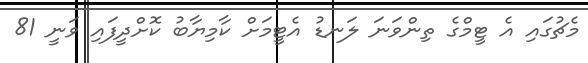
މެޗުގައި އެ ޓީމްގެ ތިންވަނަ ލަނޑު އެޓީމަށް ކާމިޔާބު ކޮށްދީފައި ވަނީ 81